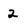
Character: 2